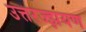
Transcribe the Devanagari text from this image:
उत्तरज्झयण